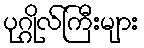
ပုဂ္ဂိုလ်ကြီးများ